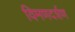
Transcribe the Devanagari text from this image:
विमणदर्शण